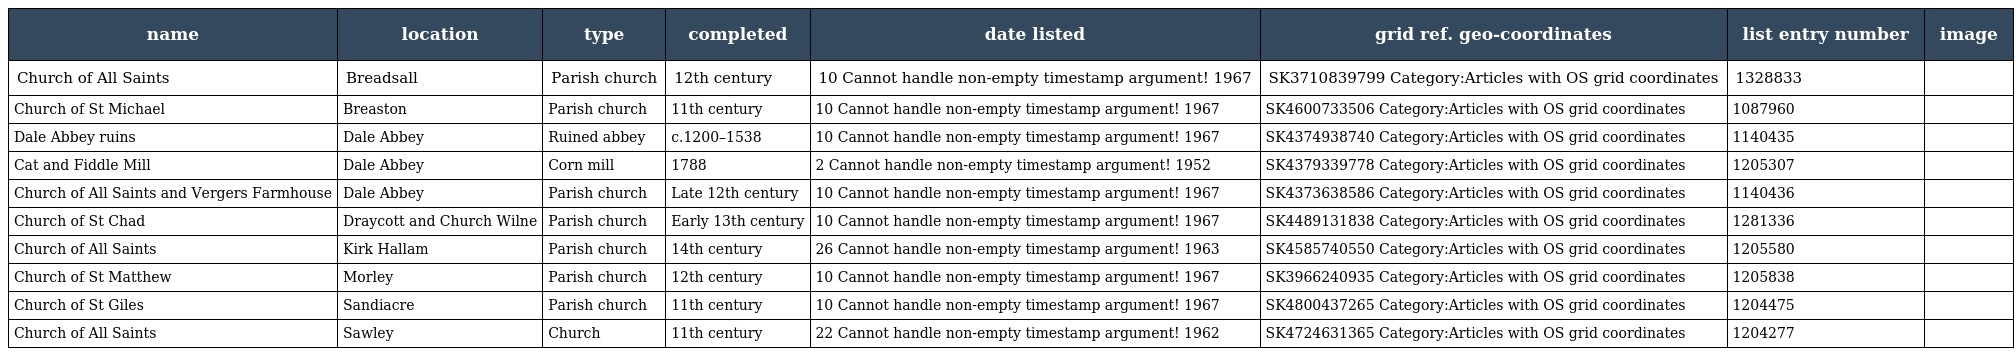
| name | location | type | completed | date listed | grid ref. geo-coordinates | list entry number | image |
 | --- | --- | --- | --- | --- | --- | --- | --- |
 | Church of All Saints | Breadsall | Parish church | 12th century | 10 Cannot handle non-empty timestamp argument! 1967 | SK3710839799 Category:Articles with OS grid coordinates | 1328833 |  |
 | Church of St Michael | Breaston | Parish church | 11th century | 10 Cannot handle non-empty timestamp argument! 1967 | SK4600733506 Category:Articles with OS grid coordinates | 1087960 |  |
 | Dale Abbey ruins | Dale Abbey | Ruined abbey | c.1200–1538 | 10 Cannot handle non-empty timestamp argument! 1967 | SK4374938740 Category:Articles with OS grid coordinates | 1140435 |  |
 | Cat and Fiddle Mill | Dale Abbey | Corn mill | 1788 | 2 Cannot handle non-empty timestamp argument! 1952 | SK4379339778 Category:Articles with OS grid coordinates | 1205307 |  |
 | Church of All Saints and Vergers Farmhouse | Dale Abbey | Parish church | Late 12th century | 10 Cannot handle non-empty timestamp argument! 1967 | SK4373638586 Category:Articles with OS grid coordinates | 1140436 |  |
 | Church of St Chad | Draycott and Church Wilne | Parish church | Early 13th century | 10 Cannot handle non-empty timestamp argument! 1967 | SK4489131838 Category:Articles with OS grid coordinates | 1281336 |  |
 | Church of All Saints | Kirk Hallam | Parish church | 14th century | 26 Cannot handle non-empty timestamp argument! 1963 | SK4585740550 Category:Articles with OS grid coordinates | 1205580 |  |
 | Church of St Matthew | Morley | Parish church | 12th century | 10 Cannot handle non-empty timestamp argument! 1967 | SK3966240935 Category:Articles with OS grid coordinates | 1205838 |  |
 | Church of St Giles | Sandiacre | Parish church | 11th century | 10 Cannot handle non-empty timestamp argument! 1967 | SK4800437265 Category:Articles with OS grid coordinates | 1204475 |  |
 | Church of All Saints | Sawley | Church | 11th century | 22 Cannot handle non-empty timestamp argument! 1962 | SK4724631365 Category:Articles with OS grid coordinates | 1204277 |  |